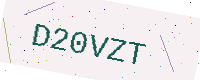
Text: D20VZT